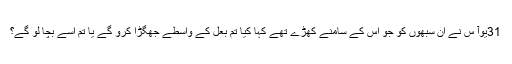
31یُوآ س نے اُن سبھوں کو جو اُس کے سامنے کھڑے تھے کہا کیا تُم بعل کے واسطے جھگڑا کرو گے یا تُم اُسے بچا لو گے؟